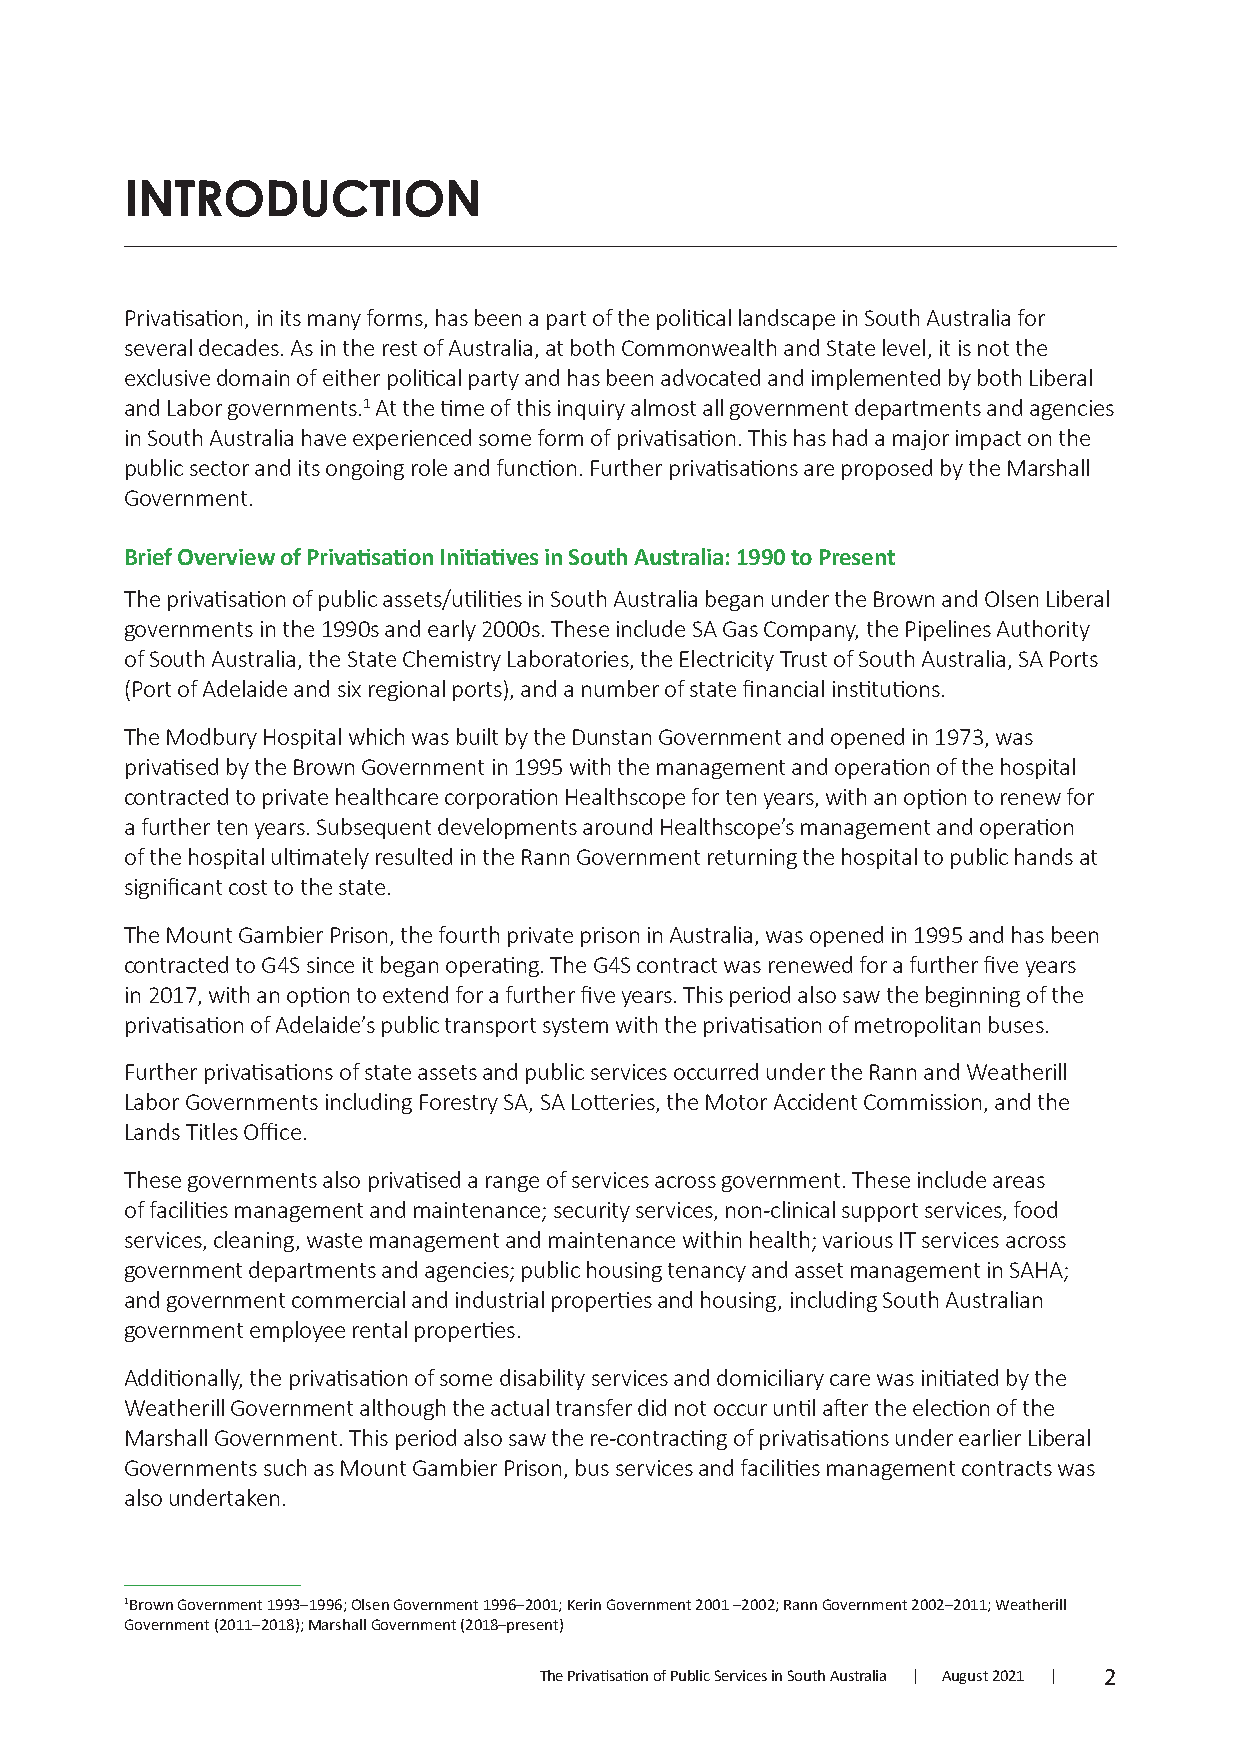
INTRODUCTION
 Privatisation, in its many forms, has been a part of the political landscape in South Australia for
 several decades. As in the rest of Australia, at both Commonwealth and State level, it is not the
 exclusive domain of either political party and has been advocated and implemented by both Liberal
 and Labor governments.1 At the time of this inquiry almost all government departments and agencies
 in South Australia have experienced some form of privatisation. This has had a major impact on the
 public sector and its ongoing role and function. Further privatisations are proposed by the Marshall
 Government.
 Brief Overview of Privatisation Initiatives in South Australia: 1990 to Present
 The privatisation of public assets/utilities in South Australia began under the Brown and Olsen Liberal
 governments in the 1990s and early 2000s. These include SA Gas Company, the Pipelines Authority
 of South Australia, the State Chemistry Laboratories, the Electricity Trust of South Australia, SA Ports
 (Port of Adelaide and six regional ports), and a number of state financial institutions.
 The Modbury Hospital which was built by the Dunstan Government and opened in 1973, was
 privatised by the Brown Government in 1995 with the management and operation of the hospital
 contracted to private healthcare corporation Healthscope for ten years, with an option to renew for
 a further ten years. Subsequent developments around Healthscope’s management and operation
 of the hospital ultimately resulted in the Rann Government returning the hospital to public hands at
 significant cost to the state.
 The Mount Gambier Prison, the fourth private prison in Australia, was opened in 1995 and has been
 contracted to G4S since it began operating. The G4S contract was renewed for a further five years
 in 2017, with an option to extend for a further five years. This period also saw the beginning of the
 privatisation of Adelaide’s public transport system with the privatisation of metropolitan buses.
 Further privatisations of state assets and public services occurred under the Rann and Weatherill
 Labor Governments including Forestry SA, SA Lotteries, the Motor Accident Commission, and the
 Lands Titles Office.
 These governments also privatised a range of services across government. These include areas
 of facilities management and maintenance; security services, non-clinical support services, food
 services, cleaning, waste management and maintenance within health; various IT services across
 government departments and agencies; public housing tenancy and asset management in SAHA;
 and government commercial and industrial properties and housing, including South Australian
 government employee rental properties.
 Additionally, the privatisation of some disability services and domiciliary care was initiated by the
 Weatherill Government although the actual transfer did not occur until after the election of the
 Marshall Government. This period also saw the re-contracting of privatisations under earlier Liberal
 Governments such as Mount Gambier Prison, bus services and facilities management contracts was
 also undertaken.
 1Brown Government 1993–1996; Olsen Government 1996–2001; Kerin Government 2001 –2002; Rann Government 2002–2011; Weatherill
 Government (2011–2018); Marshall Government (2018–present)
 The Privatisation of Public Services in South Australia | August 2021 | 2